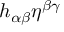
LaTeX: h _ { \alpha \beta } \eta ^ { \beta \gamma }